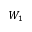
W _ { 1 }